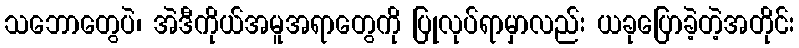
သဘောတွေပဲ၊ အဲဒီကိုယ်အမူအရာတွေကို ပြုလုပ်ရာမှာလည်း ယခုပြောခဲ့တဲ့အတိုင်း